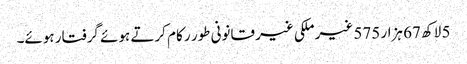
5 لاکھ 67 ہزار 575 غیر ملکی غیر قانونی طور ر کام کرتے ہوئے گرفتار ہوئے۔